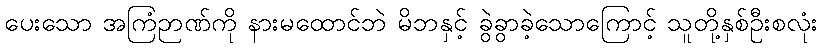
ပေးသော အကြံဉာဏ်ကို နားမထောင်ဘဲ မိဘနှင့် ခွဲခွာခဲ့သောကြောင့် သူတို့နှစ်ဦးစလုံး